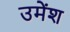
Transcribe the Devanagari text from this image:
उमेंश